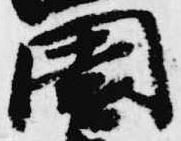
園